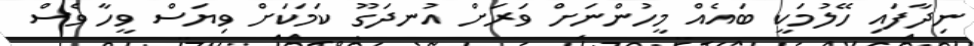
ނިދާފައި ހޭލުމަކީ ބައެއް މީހުންނަށް ވަރަށް އުނދަގޫ ކަމަކަށް ވިޔަސް ވީހާ ވެސް